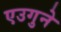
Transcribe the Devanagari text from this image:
एउगुने